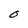
Character: O